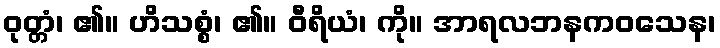
ဝုတ္တံ၊ ၏။ ဟိသစ္စံ၊ ၏။ ဝီရိယံ၊ ကို။ အာရလဘနကဝသေန၊